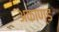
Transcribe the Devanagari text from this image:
अकाण्ड